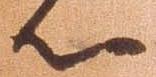
心